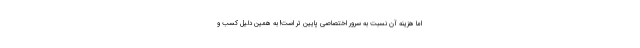
اما هزینه آن نسبت به سرور اختصاصی پایین تر است! به همین دلیل کسب و